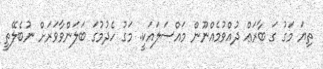
ތިޔަ މަގު ގަ ބާރަޢް ދުއްވުމެއްނޫން މައްސަލައަކީ. މަގު ހެދުމުގަ ބަލަންވާވަރަށް ނުބެލޭތީ